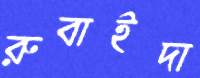
রুবাইদা